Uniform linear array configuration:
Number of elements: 16
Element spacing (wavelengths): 0.75
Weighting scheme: blackman
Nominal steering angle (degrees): -30
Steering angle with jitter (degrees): -30.617
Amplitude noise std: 0.05
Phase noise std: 0.05

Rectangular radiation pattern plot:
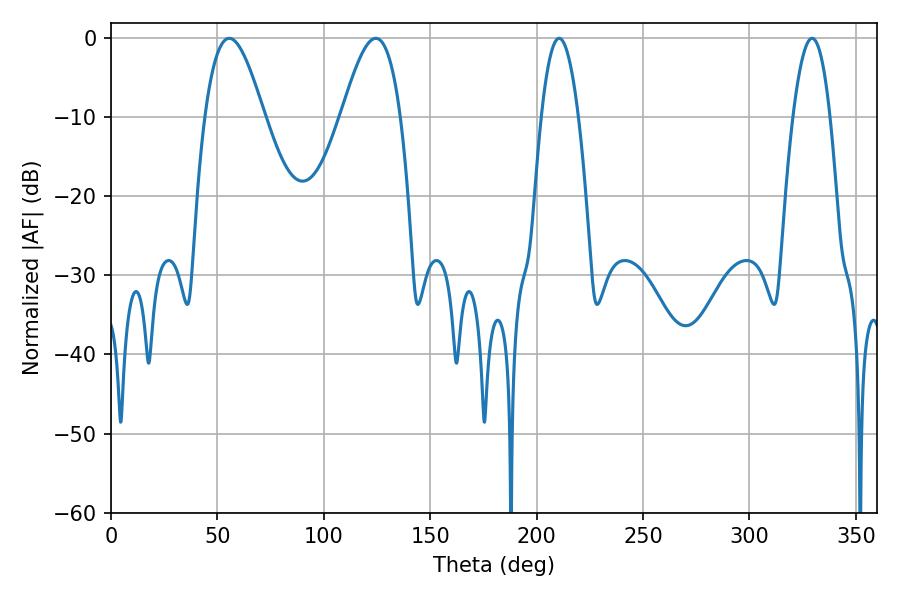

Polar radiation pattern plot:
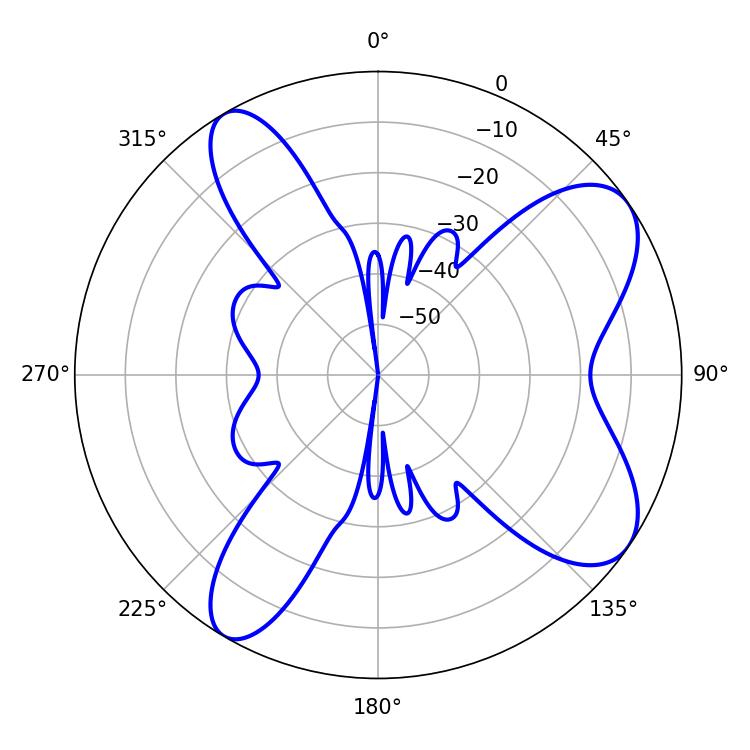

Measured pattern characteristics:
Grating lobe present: TRUE
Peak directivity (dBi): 8.203
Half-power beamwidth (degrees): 9.54
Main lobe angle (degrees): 210.6